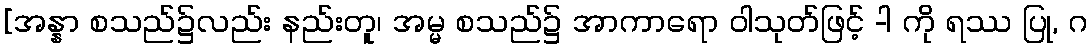
[အန္နာ စသည်၌လည်း နည်းတူ၊ အမ္မ စသည်၌ အာကာရော ဝါသုတ်ဖြင့် -ါ ကို ရဿ ပြု, ဂ